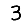
Digit: 3